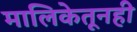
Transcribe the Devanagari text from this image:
मालिकेतूनही